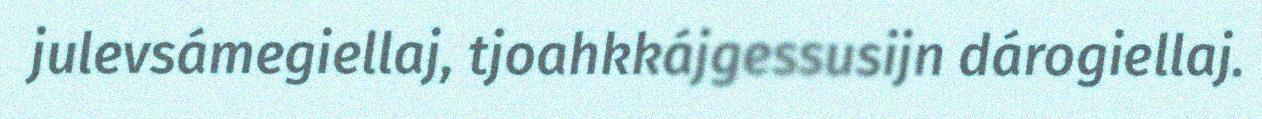
julevsámegiellaj, tjoahkkájgessusijn dárogiellaj.